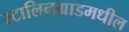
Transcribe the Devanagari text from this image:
स्टालिनग्राडमधील